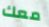
معك